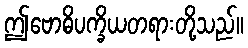
ဤဗောဓိပက္ခိယတရားတို့သည်။